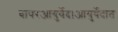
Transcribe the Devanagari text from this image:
वापरआयुर्वेद।आयुर्वेदात